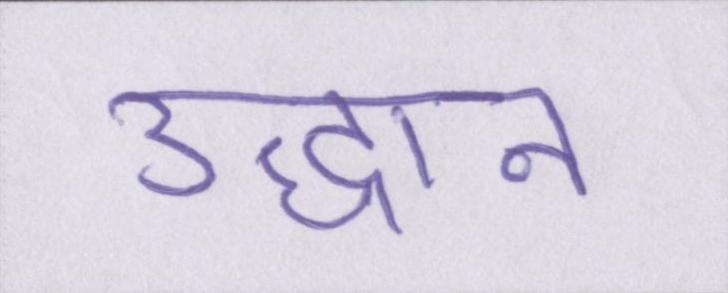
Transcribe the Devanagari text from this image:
उद्धान